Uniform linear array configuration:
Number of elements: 64
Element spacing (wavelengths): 0.75
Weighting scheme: kaiser
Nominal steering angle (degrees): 60
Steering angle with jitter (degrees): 60.649
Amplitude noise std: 0.05
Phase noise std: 0.05

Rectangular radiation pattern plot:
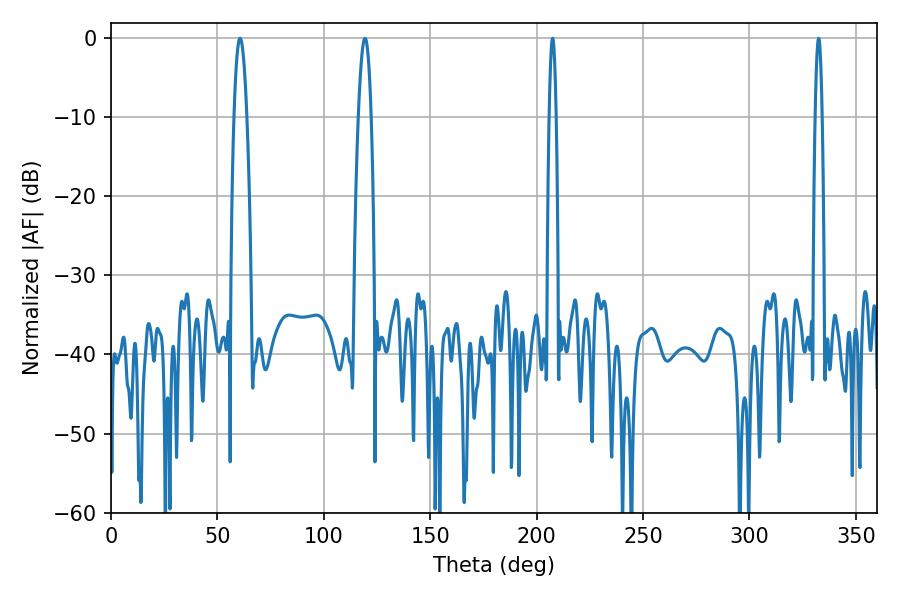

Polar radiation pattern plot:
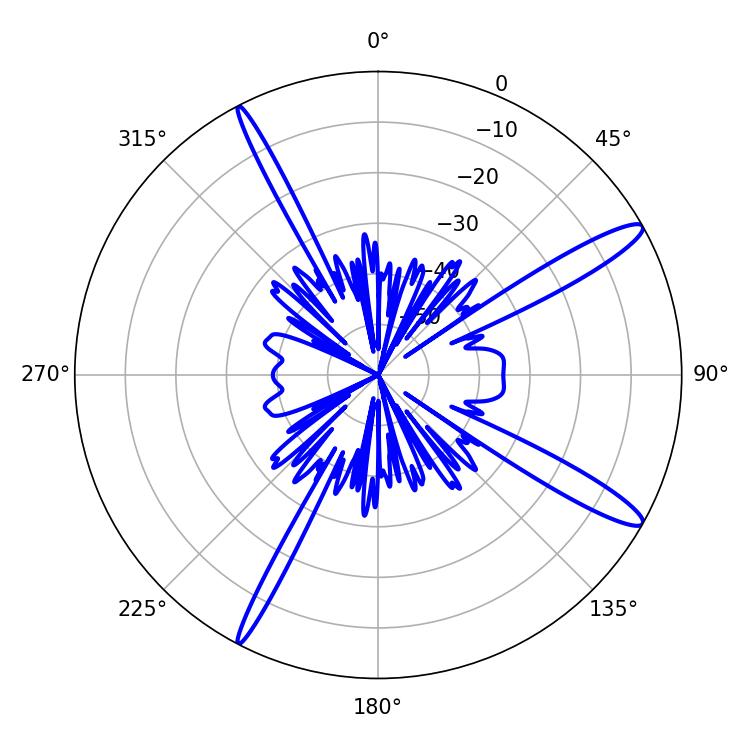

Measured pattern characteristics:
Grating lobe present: TRUE
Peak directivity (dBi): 14.089
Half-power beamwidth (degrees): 3.24
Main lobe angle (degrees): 60.66